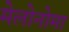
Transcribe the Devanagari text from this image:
मेलोनोमा